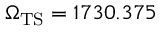
\Omega _ { \mathrm { T S } } = 1 7 3 0 . 3 7 5